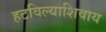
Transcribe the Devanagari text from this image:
हटविल्याशिवाय